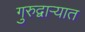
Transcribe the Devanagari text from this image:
गुरुद्वाऱ्यात